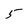
Character: 5